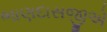
ભાણદાસજીએ